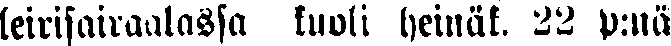
leirisairaalassa kuoli heinäk. 22 p:nä